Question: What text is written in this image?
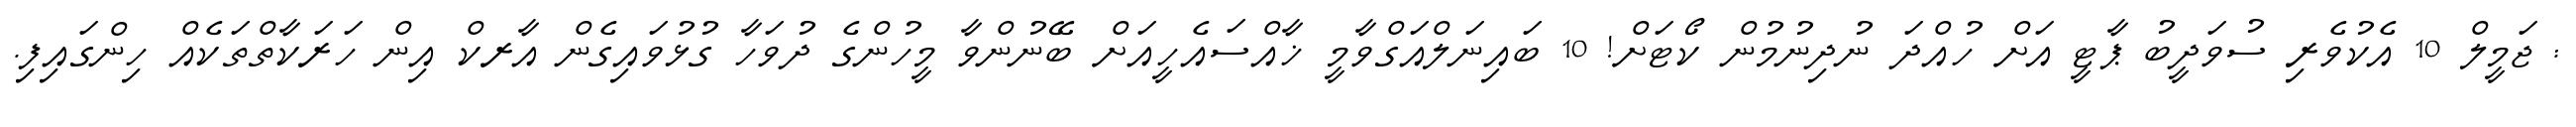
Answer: : ޖަމީލް 10 އެކުވެރި ސުވަދީބު ޕާޓީ އަށް ހުއްދަ ނުދިނުމުން ކޯޓަށް! 10 ބައިނަލްއަގްވާމީ ޚާއްސައެހީއަށް ބޭނުންވާ މީހުންގެ ދުވަހާ ގުޅުވައިގެން އާރކް އިން ހަރަކާތްތަކެއް ހިންގައިފި.